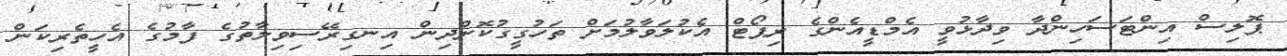
ޕޮލިސް އިންޓަސަހިންދާ ވިދާޅުވީ އެމްޑީއެންގެ ރިޕޯޓް އެކުލަވާލުމަށް ތަހުގީގުކޮށްދިން އިނގިރޭސިވިލާތުގެ ފާމުގެ އެހީތެރިކަން